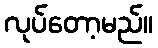
လုပ်တော့မည်။